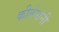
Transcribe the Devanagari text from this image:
कीर्तनांनी